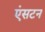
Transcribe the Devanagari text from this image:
एंसटन